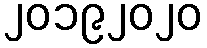
၂၀၁၉၂၀၂၀